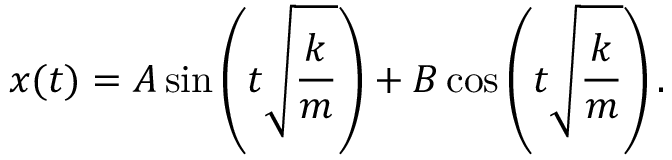
x ( t ) = A \sin \left( t { \sqrt { \frac { k } { m } } } \right) + B \cos \left( t { \sqrt { \frac { k } { m } } } \right) .